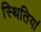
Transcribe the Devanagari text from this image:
स्थितिया॑